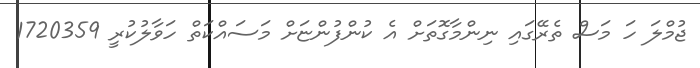
ޖުމްލަ ހަ މަސް ތެރޭގައި ނިންމާގޮތަށް އެ ކުންފުންޏަށް މަސައްކަތް ހަވާލުކުރީ 1720359